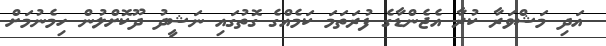
އަދި މަޝްވަރާ ކުރާ އެޖެންޑާގެ ފުރަތަމަ ކަމެއްގެ ގޮތުގައި ނަޝީދު ދޫކޮށްލުން ހިމެނުމަށް